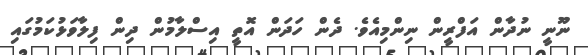
ނޫނީ ނުދާން އަފްރީން ނިންމިއެވެ. ދެން ހަދަން އޮތީ އިސްލާމުން ދިން ފިލާވަޅުކަމުގައި